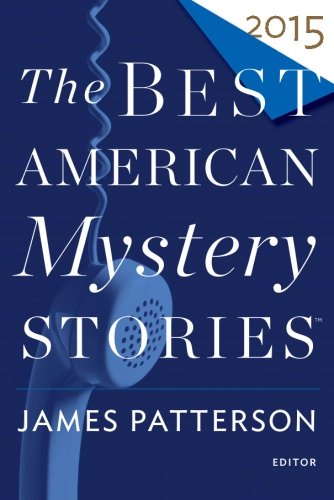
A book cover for The Best American Mystery Stories 2015; Mystery, Thriller & Suspense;